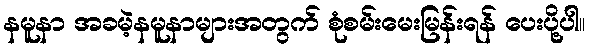
နမူနာ အခမဲ့နမူနာများအတွက် စုံစမ်းမေးမြန်းရန် ပေးပို့ပါ။